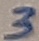
Text: 3